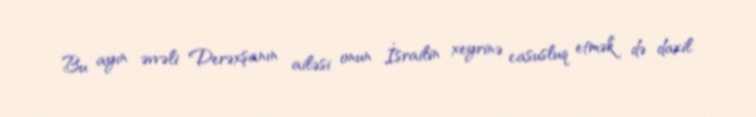
Bu ayın əvvəli Derəxşanın ailəsi onun İsrailin xeyrinə casusluq etmək də daxil